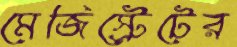
মেজিস্ট্রেটের